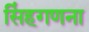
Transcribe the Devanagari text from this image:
सिंहगणना